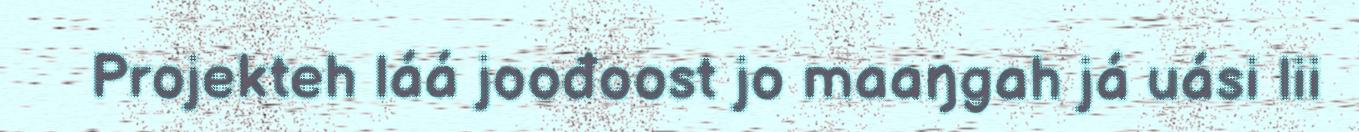
Projekteh láá joođoost jo maaŋgah já uási lii